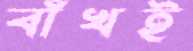
বাঁখই